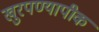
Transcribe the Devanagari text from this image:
खुरपण्यापीक